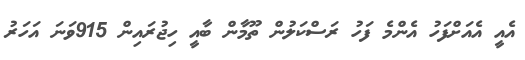
އެއީ އެއަށްފަހު އެންމެ ފަހު ރަސްކަލުން ތޫމާން ބާއީ ހިޖުރައިން 915ވަނަ އަހަރު